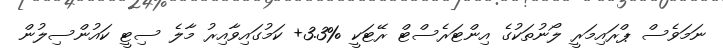
ނަމަވެސް ޕްރައިމަރީ ލޯނުތަކުގެ އިންޓަރެސްޓް ރޭޓަކީ %3.3+ ކަމުގައިވާއިރު މާލެ ސިޓީ ކައުންސިލުން